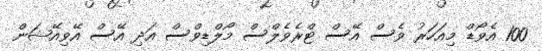
100 އެވޯޑް މިއަހަރު ވެސް އޭސް ޓްރެވެލްސް މޯލްޑިވްސް އަދި އޭސް އޭވިއޭޝަން